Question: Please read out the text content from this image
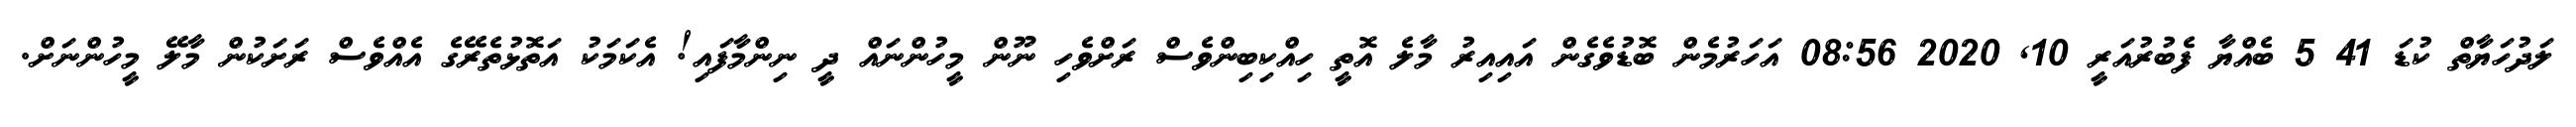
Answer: ލަދުހަޔާތް ކުޑަ 41 5 ބެއްޔާ ފެބުރުއަރީ 10, 2020 08:56 އަހަރުމެން ބޮޑުވެގެން އައިއިރު މާލެ އޮތީ ހިއްކިބިންވެސް ރަށްވެހި ނޫން މީހުންނައް ދީ ނިންމާފައި! އެކަމަކު އަތޮޅުތެރޭގެ އެއްވެސް ރަށަކުން މާލޭ މީހުންނަށް.